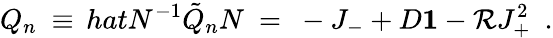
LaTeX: Q_{n}\ \equiv\, hat{N}^{-1}\tilde{Q}_{n}N\ =\ -J_{-}+D{\mathbf 1}-{\cal R}J_{+}^{2}\ \ .